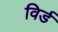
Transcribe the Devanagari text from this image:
विर्ड